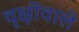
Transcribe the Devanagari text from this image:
वृक्षोंवाले